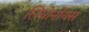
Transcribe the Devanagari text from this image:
लियोनोयस